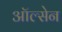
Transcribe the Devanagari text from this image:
ऑल्सेन